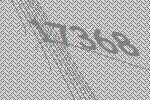
17368